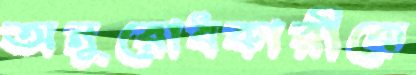
অনুরোধকারীকে